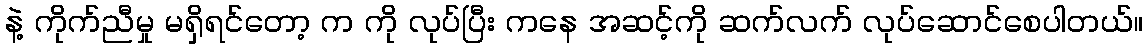
နဲ့ ကိုက်ညီမှု မရှိရင်တော့ က ကို လုပ်ပြီး ကနေ အဆင့်ကို ဆက်လက် လုပ်ဆောင်စေပါတယ်။